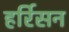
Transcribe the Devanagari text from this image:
हर्रिसन